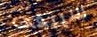
سيبقى